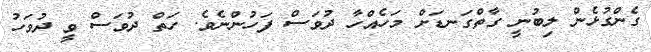
ގެންގުޅެން ލިބުނީ ގާތްގަނޑަށް މަހެއްހާ ދުވަސް ފަހުންނެވެ. ހަތް ދުވަސް ވީ ދުވަހު